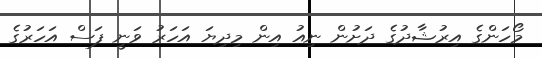
މޯހަންގެ އިރުޝާދުގެ ދަށުން ނިއު އިން މިދިޔަ އަހަރު ވަނީ ފަސް އަހަރުގެ